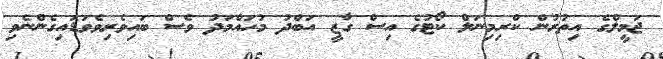
ޖަމީލްގެ އިތުރުން ކްރިމިނަލް ކޯޓުގެ އިސް ގާޒީ އަބްދު މުހައްމަދު ވެސް ބައިވެރިވެވަޑައިގެންނެވި